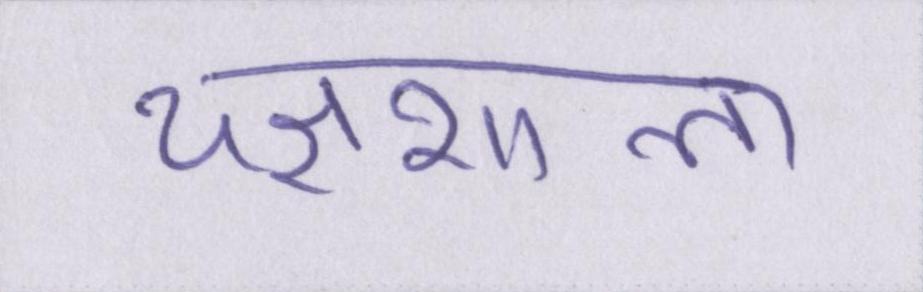
यज्ञशाला